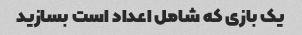
یک بازی که شامل اعداد است بسازید